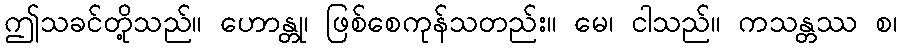
ဤသခင်တို့သည်။ ဟောန္တု၊ ဖြစ်စေကုန်သတည်း။ မေ၊ ငါသည်။ ကသန္တဿ စ၊